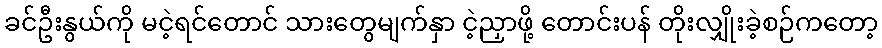
ခင်ဦးနွယ်ကို မငဲ့ရင်တောင် သားတွေမျက်နှာ ငဲ့ညှာဖို့ တောင်းပန် တိုးလျှိုးခဲ့စဉ်ကတော့